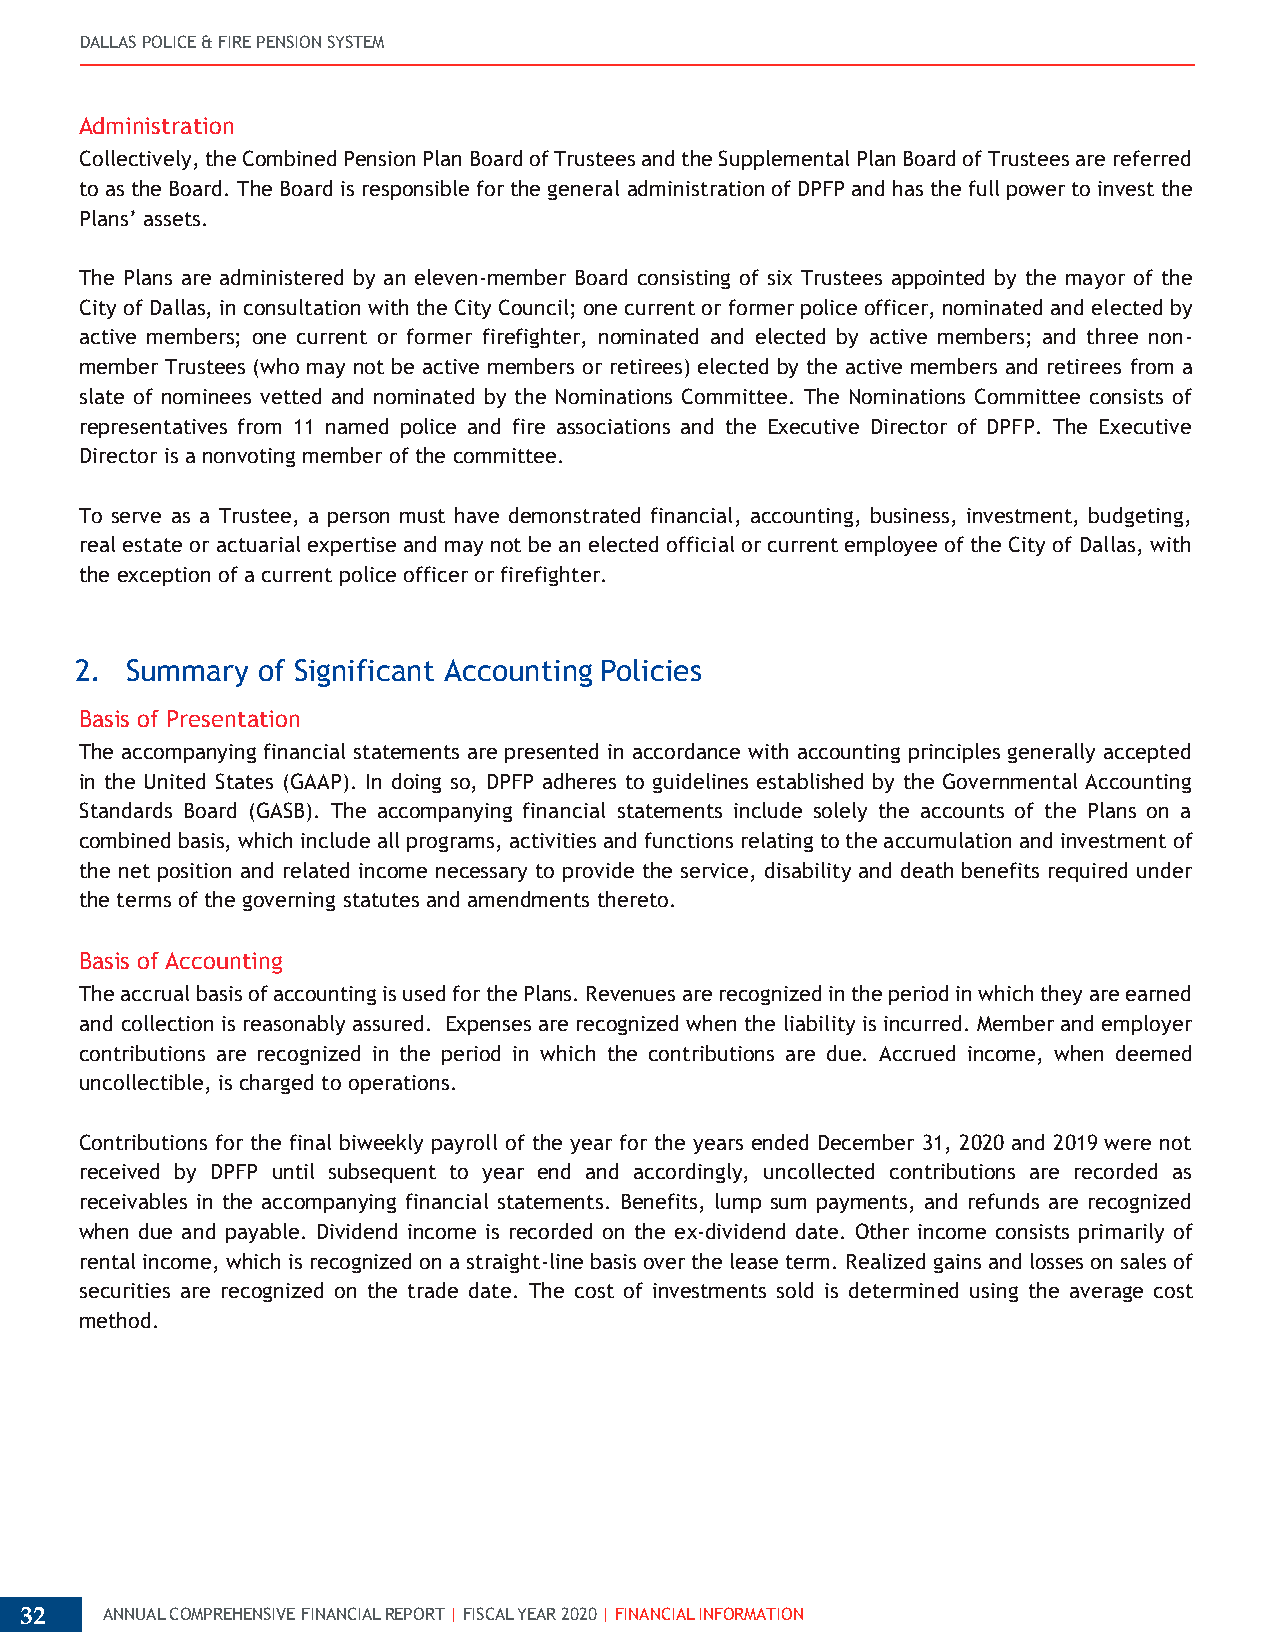
DALLAS POLICE & FIRE PENSION SYSTEM
 Administration
 Collectively, the Combined Pension Plan Board of Trustees and the Supplemental Plan Board of Trustees are referred
 to as the Board. The Board is responsible for the general administration of DPFP and has the full power to invest the
 Plans’ assets.
 The Plans are administered by an eleven-member Board consisting of six Trustees appointed by the mayor of the
 City of Dallas, in consultation with the City Council; one current or former police officer, nominated and elected by
 active members; one current or former firefighter, nominated and elected by active members; and three non-
 member Trustees (who may not be active members or retirees) elected by the active members and retirees from a
 slate of nominees vetted and nominated by the Nominations Committee. The Nominations Committee consists of
 representatives from 11 named police and fire associations and the Executive Director of DPFP. The Executive
 Director is a nonvoting member of the committee.
 To serve as a Trustee, a person must have demonstrated financial, accounting, business, investment, budgeting,
 real estate or actuarial expertise and may not be an elected official or current employee of the City of Dallas, with
 the exception of a current police officer or firefighter.
 2. Summary  of Significant Accounting Policies
 Basis of Presentation
 The accompanying financial statements are presented in accordance with accounting principles generally accepted
 in the United States (GAAP). In doing so, DPFP adheres to guidelines established by the Governmental Accounting
 Standards Board (GASB). The accompanying financial statements include solely the accounts of the Plans on a
 combined basis, which include all programs, activities and functions relating to the accumulation and investment of
 the net position and related income necessary to provide the service, disability and death benefits required under
 the terms of the governing statutes and amendments thereto.
 Basis of Accounting
 The accrual basis of accounting is used for the Plans. Revenues are recognized in the period in which they are earned
 and collection is reasonably assured. Expenses are recognized when the liability is incurred. Member and employer
 contributions are recognized in the period in which the contributions are due. Accrued income, when deemed
 uncollectible, is charged to operations.
 Contributions for the final biweekly payroll of the year for the years ended December 31, 2020 and 2019 were not
 received by DPFP until subsequent to year end and accordingly, uncollected contributions are recorded as
 receivables in the accompanying financial statements. Benefits, lump sum payments, and refunds are recognized
 when due and payable. Dividend income is recorded on the ex-dividend date. Other income consists primarily of
 rental income, which is recognized on a straight-line basis over the lease term. Realized gains and losses on sales of
 securities are recognized on the trade date. The cost of investments sold is determined using the average cost
 method.
 32    ANNUAL COMPREHENSIVE FINANCIAL REPORT | FISCAL YEAR 2020 | FINANCIAL INFORMATION